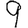
Digit: 9